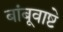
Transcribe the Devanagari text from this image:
बांबूवाष्टे